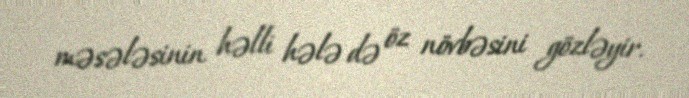
məsələsinin həlli hələ də öz növbəsini gözləyir.